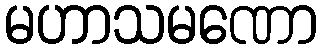
မဟာသမဏော